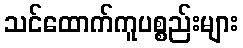
သင်ထောက်ကူပစ္စည်းများ